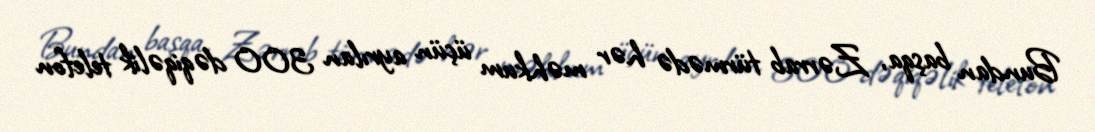
Bundan başqa, Zərrab türmədə hər məhkum üçün ayrılan 300 dəqiqəlik telefon